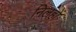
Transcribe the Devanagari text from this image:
निलहों